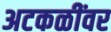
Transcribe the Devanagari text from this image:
अटकळींवर